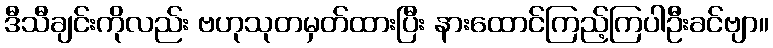
ဒီသီချင်းကိုလည်း ဗဟုသုတမှတ်ထားပြီး နားထောင်ကြည့်ကြပါဦးခင်ဗျာ။